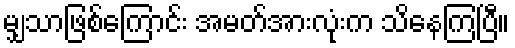
မျှသာဖြစ်ကြောင်း အမတ်အားလုံးက သိနေကြပြီ။